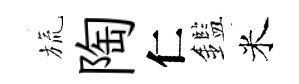
旒陶仁鑑米